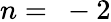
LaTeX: n=~-2